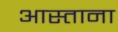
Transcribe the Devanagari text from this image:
आस्ताना